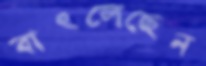
বাৎলেছেন